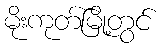
မိုးကုတ်မြို့တွင်